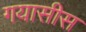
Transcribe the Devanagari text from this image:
गयासीस